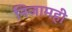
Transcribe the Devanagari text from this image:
निजामही